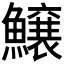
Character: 𱇂